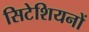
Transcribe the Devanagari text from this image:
सिटेशियनों